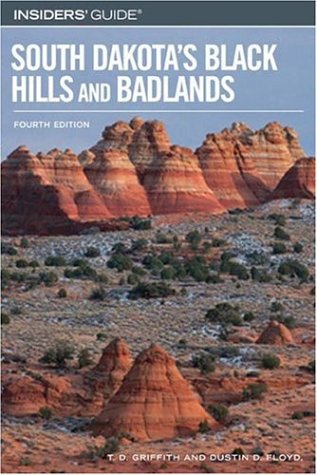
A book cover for Insiders' Guide to South Dakota's Black Hills and Badlands, 4th (Insiders' Guide Series); T. D. Griffith; Travel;